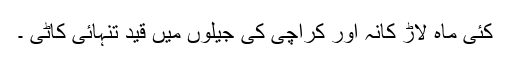
کئی ماہ لاڑ کانہ اور کراچی کی جیلوں میں قید تنہائی کاٹی ۔